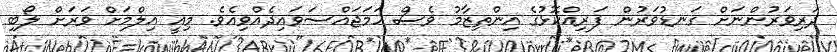
ދަރިވަރުންނަށް ގަނޑުވަރުން ފަރިއްކޮޅުގެ އިންތިޒާމު ވެސް ހަމަޖައްސަވައިދެއްވިއެވެ. މިއީ އިލްމަށް ވަރަށް ލޯބި